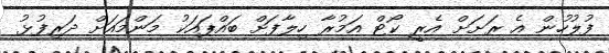
ފުލުހުން އެ ރަށަށް އެރީ ކޯޓް އަމުރާ ހިލާފަށް ބައްޕައަކު މަންމައަށް ދަރިފުޅު